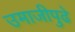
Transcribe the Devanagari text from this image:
उमाजीपुढे